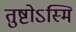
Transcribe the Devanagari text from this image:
तुष्टोऽस्मि